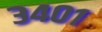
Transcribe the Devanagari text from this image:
३४०१